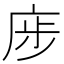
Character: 𢈨